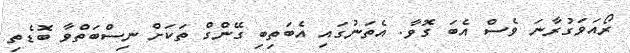
ރޯއަވަގުރާނަ ވެސް އެބަ ގޮވާ. އެތަނުގައި އެބަތިބި ގޭންގް ތަކަށް ނިސްބަތްވާ ބޮޑެތި